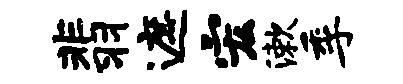
翡遮宏漱季